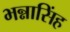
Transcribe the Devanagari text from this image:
भन्नासिंह